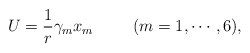
\begin{align*}U=\frac1r \gamma_m x_m \hspace{1cm} (m=1,\cdots,6),\end{align*}